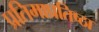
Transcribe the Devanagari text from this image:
प्रतिमाप्रतिष्ठा